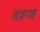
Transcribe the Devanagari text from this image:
दरूज